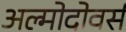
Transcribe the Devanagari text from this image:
अल्मोदोवर्स